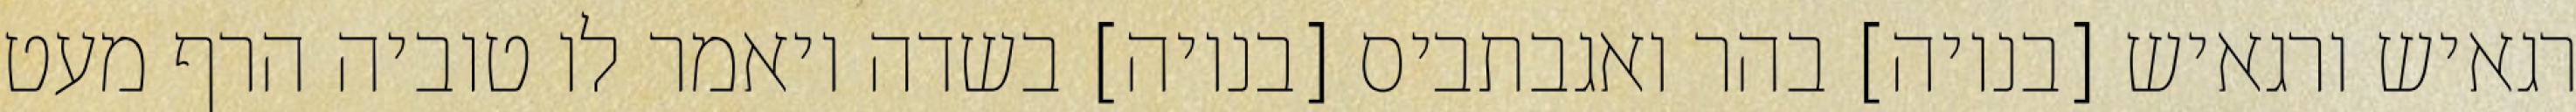
רגאיש ורגאיש [בנויה] בהר ואגבתביס [בנויה] בשדה ויאמר לו טוביה הרף מעט